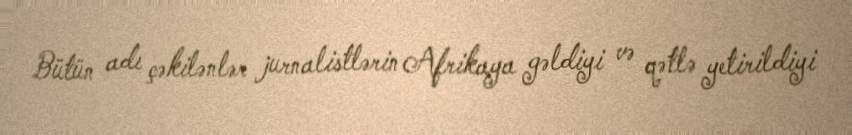
Bütün adı çəkilənlər jurnalistlərin Afrikaya gəldiyi və qətlə yetirildiyi